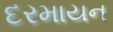
દરમાયન